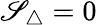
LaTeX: \mathscr{S}_{\triangle}=0